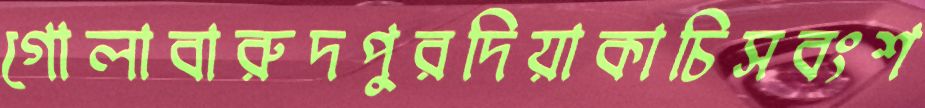
গোলাবারুদপুরদিয়াকাচিসবংশ